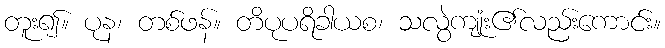
တူး၍။ ပုန၊ တစ်ဖန်။ တိပုပရိခါယစ၊ သလွဲကျုံး၏လည်းကောင်း။